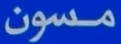
مسون